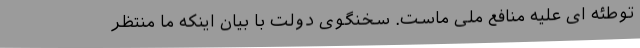
توطئه ای علیه منافع ملی ماست. سخنگوی دولت با بیان اینکه ما منتظر